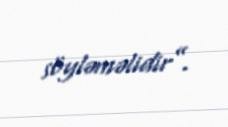
söyləməlidir”.